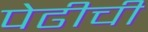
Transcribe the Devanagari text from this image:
पेढीची